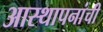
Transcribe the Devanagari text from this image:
आस्थापनांची